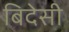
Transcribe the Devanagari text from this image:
बिदेसी